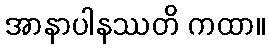
အာနာပါနဿတိ ကထာ။